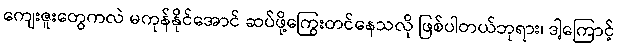
ကျေးဇူးတွေကလဲ မကုန်နိုင်အောင် ဆပ်ဖို့ကြွေးတင်နေသလို ဖြစ်ပါတယ်ဘုရား၊ ဒါ့ကြောင့်